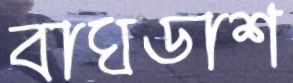
বাঘডাশ